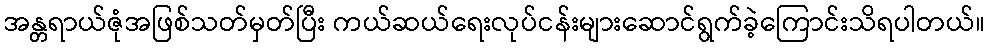
အန္တရာယ်ဇုံအဖြစ်သတ်မှတ်ပြီး ကယ်ဆယ်ရေးလုပ်ငန်းများဆောင်ရွက်ခဲ့ကြောင်းသိရပါတယ်။